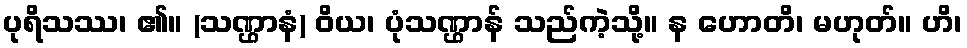
ပုရိသဿ၊ ၏။ (သဏ္ဌာနံ) ဝိယ၊ ပုံသဏ္ဌာန် သည်ကဲ့သို့။ န ဟောတိ၊ မဟုတ်။ ဟိ၊